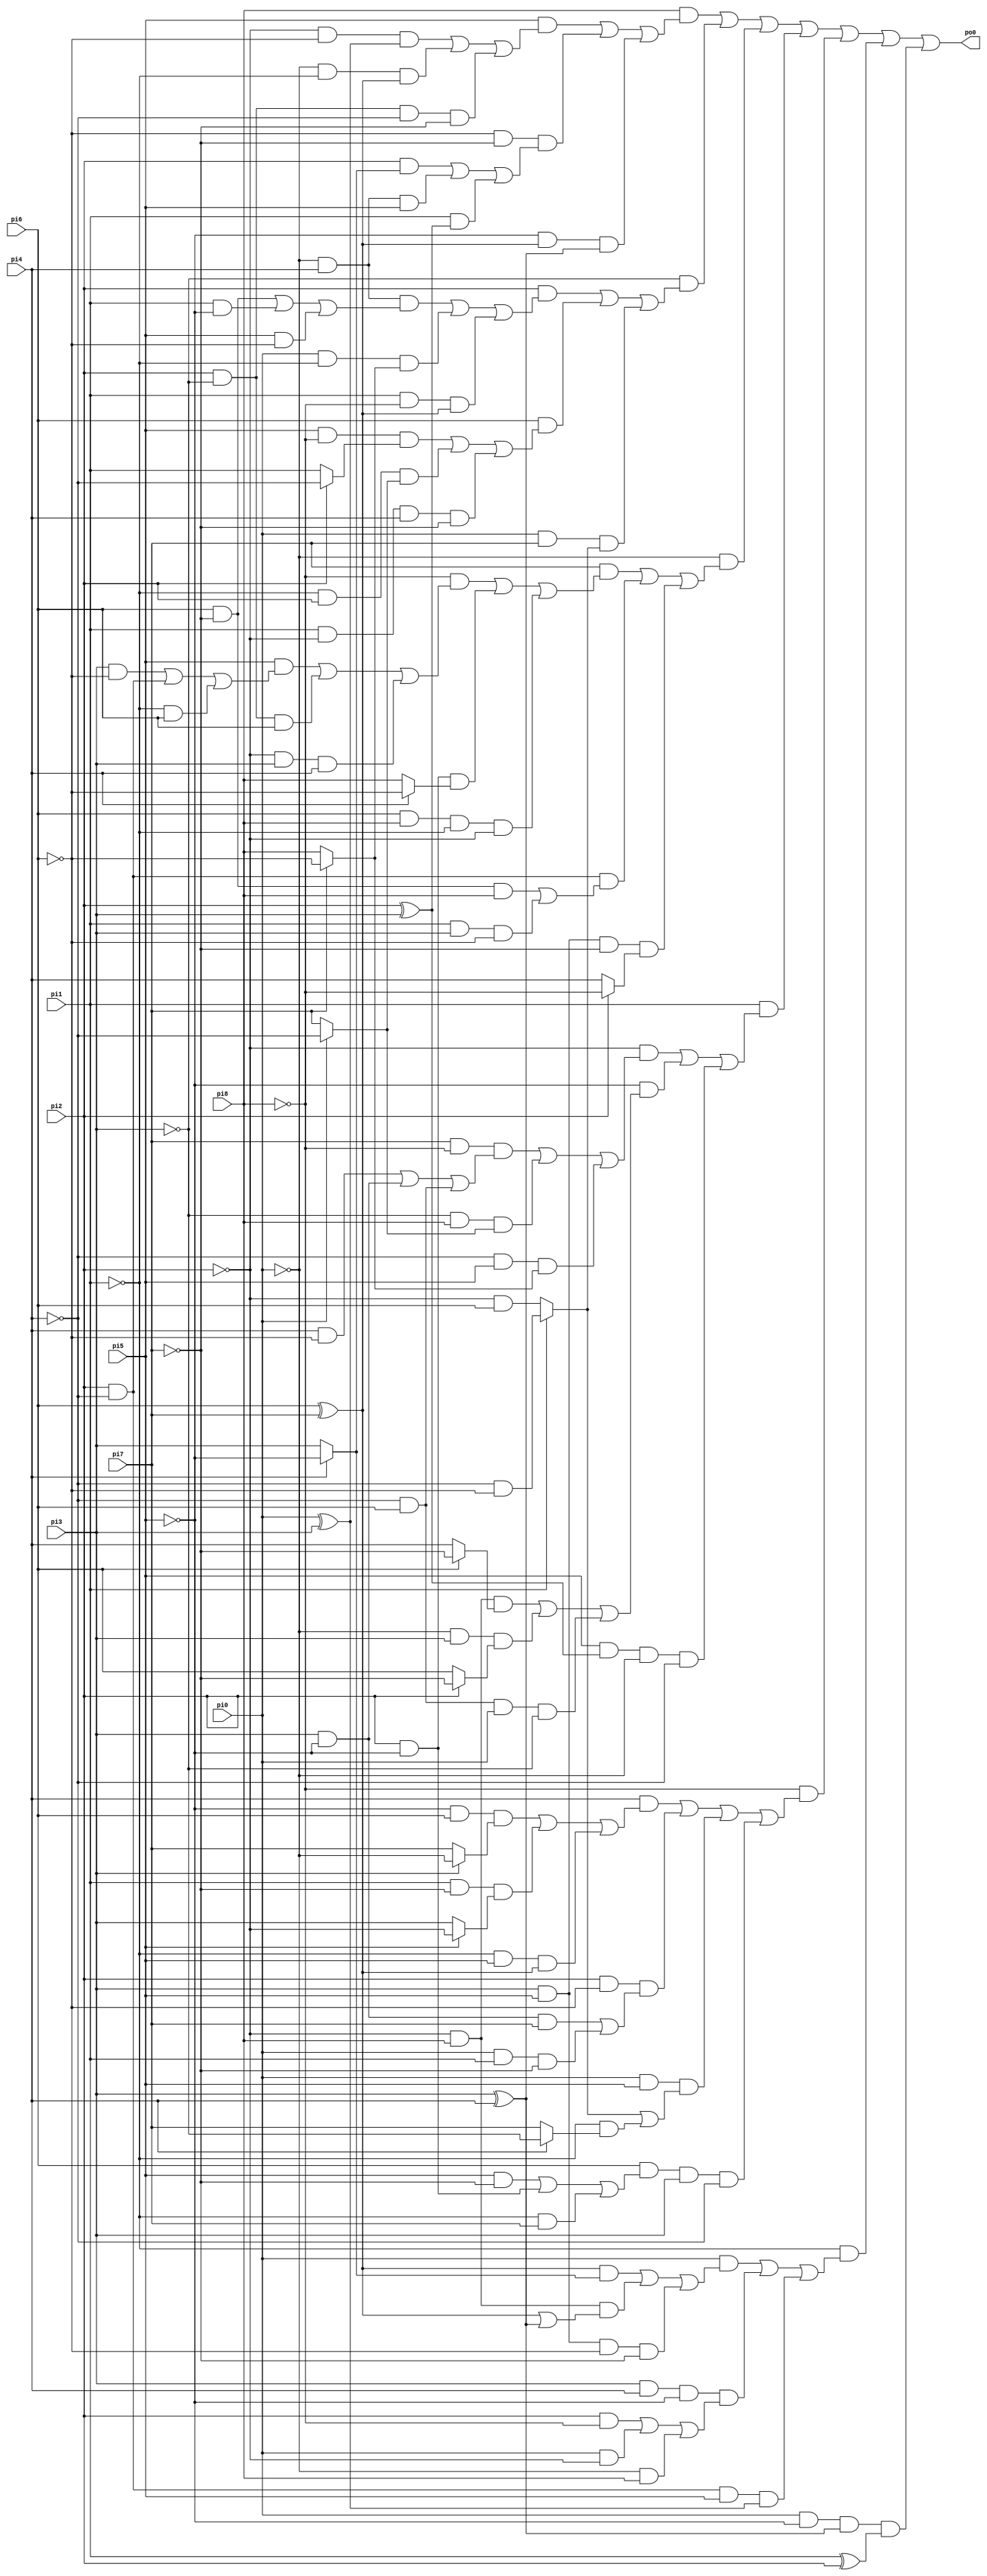
// Benchmark "lif/9symml" written by ABC on Thu Mar 19 13:02:36 2020

module lif_9symml  ( 
    pi0, pi1, pi2, pi3, pi4, pi5, pi6, pi7, pi8,
    po0  );
  input  pi0, pi1, pi2, pi3, pi4, pi5, pi6, pi7, pi8;
  output po0;
  wire new_n12_, new_n13_, new_n14_, new_n15_, new_n16_, new_n17_, new_n18_,
    new_n19_, new_n20_, new_n21_, new_n22_, new_n23_, new_n24_, new_n25_,
    new_n26_, new_n27_, new_n28_, new_n29_, new_n30_, new_n31_, new_n32_,
    new_n33_, new_n34_, new_n35_, new_n36_, new_n37_, new_n38_, new_n39_,
    new_n40_, new_n41_, new_n42_, new_n43_, new_n44_, new_n45_, new_n46_,
    new_n47_, new_n48_, new_n49_, new_n50_, new_n51_, new_n52_, new_n53_,
    new_n54_;
  assign po0 = new_n12_;
  assign new_n12_ = (pi8 & new_n13_) | (~pi3 & new_n14_) | (~pi0 & new_n15_) | (pi1 & new_n16_) | (~pi8 & new_n17_) | (~pi1 & new_n18_) | (pi0 & ~pi5 & new_n53_ & new_n19_);
  assign new_n13_ = (pi5 & new_n20_) | (~pi6 & ~pi7 & new_n21_) | (~pi5 & new_n54_ & new_n53_);
  assign new_n14_ = (pi2 & new_n22_) | (pi6 & new_n23_) | (pi0 & pi7 & new_n47_);
  assign new_n15_ = (pi7 & new_n25_) | (pi2 & ~pi4 & new_n24_) | (pi3 & pi5 & ~pi7 & new_n26_);
  assign new_n16_ = (~pi2 & new_n27_) | (~pi5 & new_n28_) | (pi5 & new_n36_ & ~pi0 & ~pi4);
  assign new_n17_ = (pi4 & new_n31_) | (pi2 & ~pi6 & new_n29_) | (pi0 & pi5 & new_n30_) | (pi6 & new_n32_ & pi3 & ~pi4);
  assign new_n18_ = (pi0 & new_n33_) | (pi3 & pi4 & ~pi5 & new_n34_) | (pi2 & ~pi4 & pi5 & new_n35_);
  assign new_n19_ = pi1 ^ pi2;
  assign new_n20_ = (~pi2 & ~pi6 & new_n35_) | (~pi0 & ~pi1 & new_n54_) | (pi2 & ~pi3 & ~pi4 & ~pi7);
  assign new_n21_ = (pi2 & new_n51_) | (~pi0 & pi4 & pi5) | (pi1 & new_n36_);
  assign new_n22_ = (~pi0 & pi4 & new_n37_) | (pi0 & ~pi1 & new_n43_) | (pi1 & ~pi8 & new_n54_);
  assign new_n23_ = (pi5 & ~pi8 & new_n38_) | (~pi1 & pi2 & new_n42_) | (pi1 & ~pi2 & pi4 & ~pi7);
  assign new_n24_ = (pi6 & ~pi7 & pi8) | (pi1 & pi3 & ~pi6);
  assign new_n25_ = (~pi8 & new_n40_) | (pi2 & ~pi5 & new_n39_) | (pi6 & pi8 & ~pi1 & ~pi2);
  assign new_n26_ = pi2 ? ~pi8 : pi4;
  assign new_n27_ = (pi7 & ~pi8 & new_n41_) | (~pi3 & pi8 & new_n42_) | (~pi4 & pi5 & new_n43_);
  assign new_n28_ = (~pi2 & pi8 & new_n44_) | (~pi0 & pi3 & new_n45_) | (~pi4 & pi6 & pi0 & ~pi3);
  assign new_n29_ = (pi3 & ~pi5 & pi7) | (pi0 & pi1 & ~pi7);
  assign new_n30_ = new_n47_ | (~pi1 & new_n46_);
  assign new_n31_ = (~pi5 & pi6 & new_n48_) | (pi1 & ~pi7 & new_n49_) | (~pi1 & pi5 & new_n54_);
  assign new_n32_ = (pi5 & ~pi7) | (pi2 & ~pi5) | (~pi1 & pi7);
  assign new_n33_ = (new_n54_ & new_n51_) | (~pi2 & pi8 & new_n50_) | (pi3 & pi5 & ~pi6 & ~pi7);
  assign new_n34_ = (pi2 & ~pi8) | (pi0 & ~pi2) | (~pi0 & pi8);
  assign new_n35_ = pi0 ^ pi3;
  assign new_n36_ = pi2 ^ pi3;
  assign new_n37_ = (pi6 & ~pi7) | (pi1 & ~pi5) | (pi5 & ~pi6);
  assign new_n38_ = pi2 ? ~pi4 : pi1;
  assign new_n39_ = pi4 ? ~pi6 : pi8;
  assign new_n40_ = (pi5 & new_n52_) | (pi2 & ~pi3 & pi6) | (~pi2 & pi3 & pi4);
  assign new_n41_ = (pi4 & ~pi6) | (pi3 & ~pi5) | (~pi4 & pi6);
  assign new_n42_ = pi0 ? ~pi4 : pi7;
  assign new_n43_ = pi7 ? ~pi6 : pi8;
  assign new_n44_ = pi6 ? ~pi7 : pi4;
  assign new_n45_ = pi2 ? ~pi7 : pi6;
  assign new_n46_ = pi4 ? ~pi3 : pi7;
  assign new_n47_ = pi1 ? (~pi4 & ~pi6) : (~pi2 & pi6);
  assign new_n48_ = pi3 ? ~pi0 : pi7;
  assign new_n49_ = pi5 ? ~pi2 : pi3;
  assign new_n50_ = new_n54_ | new_n53_;
  assign new_n51_ = pi4 ? ~pi5 : pi3;
  assign new_n52_ = (pi3 & ~pi6) | (pi2 & ~pi4) | (~pi1 & pi6);
  assign new_n53_ = pi3 ^ pi4;
  assign new_n54_ = pi6 ^ pi7;
endmodule